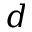
d